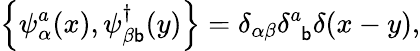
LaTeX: \left\{ \psi_{\alpha}^{a}(x),\psi_{\beta\mathsf{b}}^{\dagger}(y)\right\} =\delta_{\alpha\beta}\delta_{\phantom{a}\mathsf{b}}^{a}\delta(x-y),